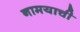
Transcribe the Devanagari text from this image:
नामयाची